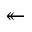
\twoheadleftarrow